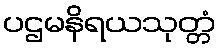
ပဌမနိရယသုတ္တံ